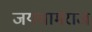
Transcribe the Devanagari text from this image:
जयचामराज